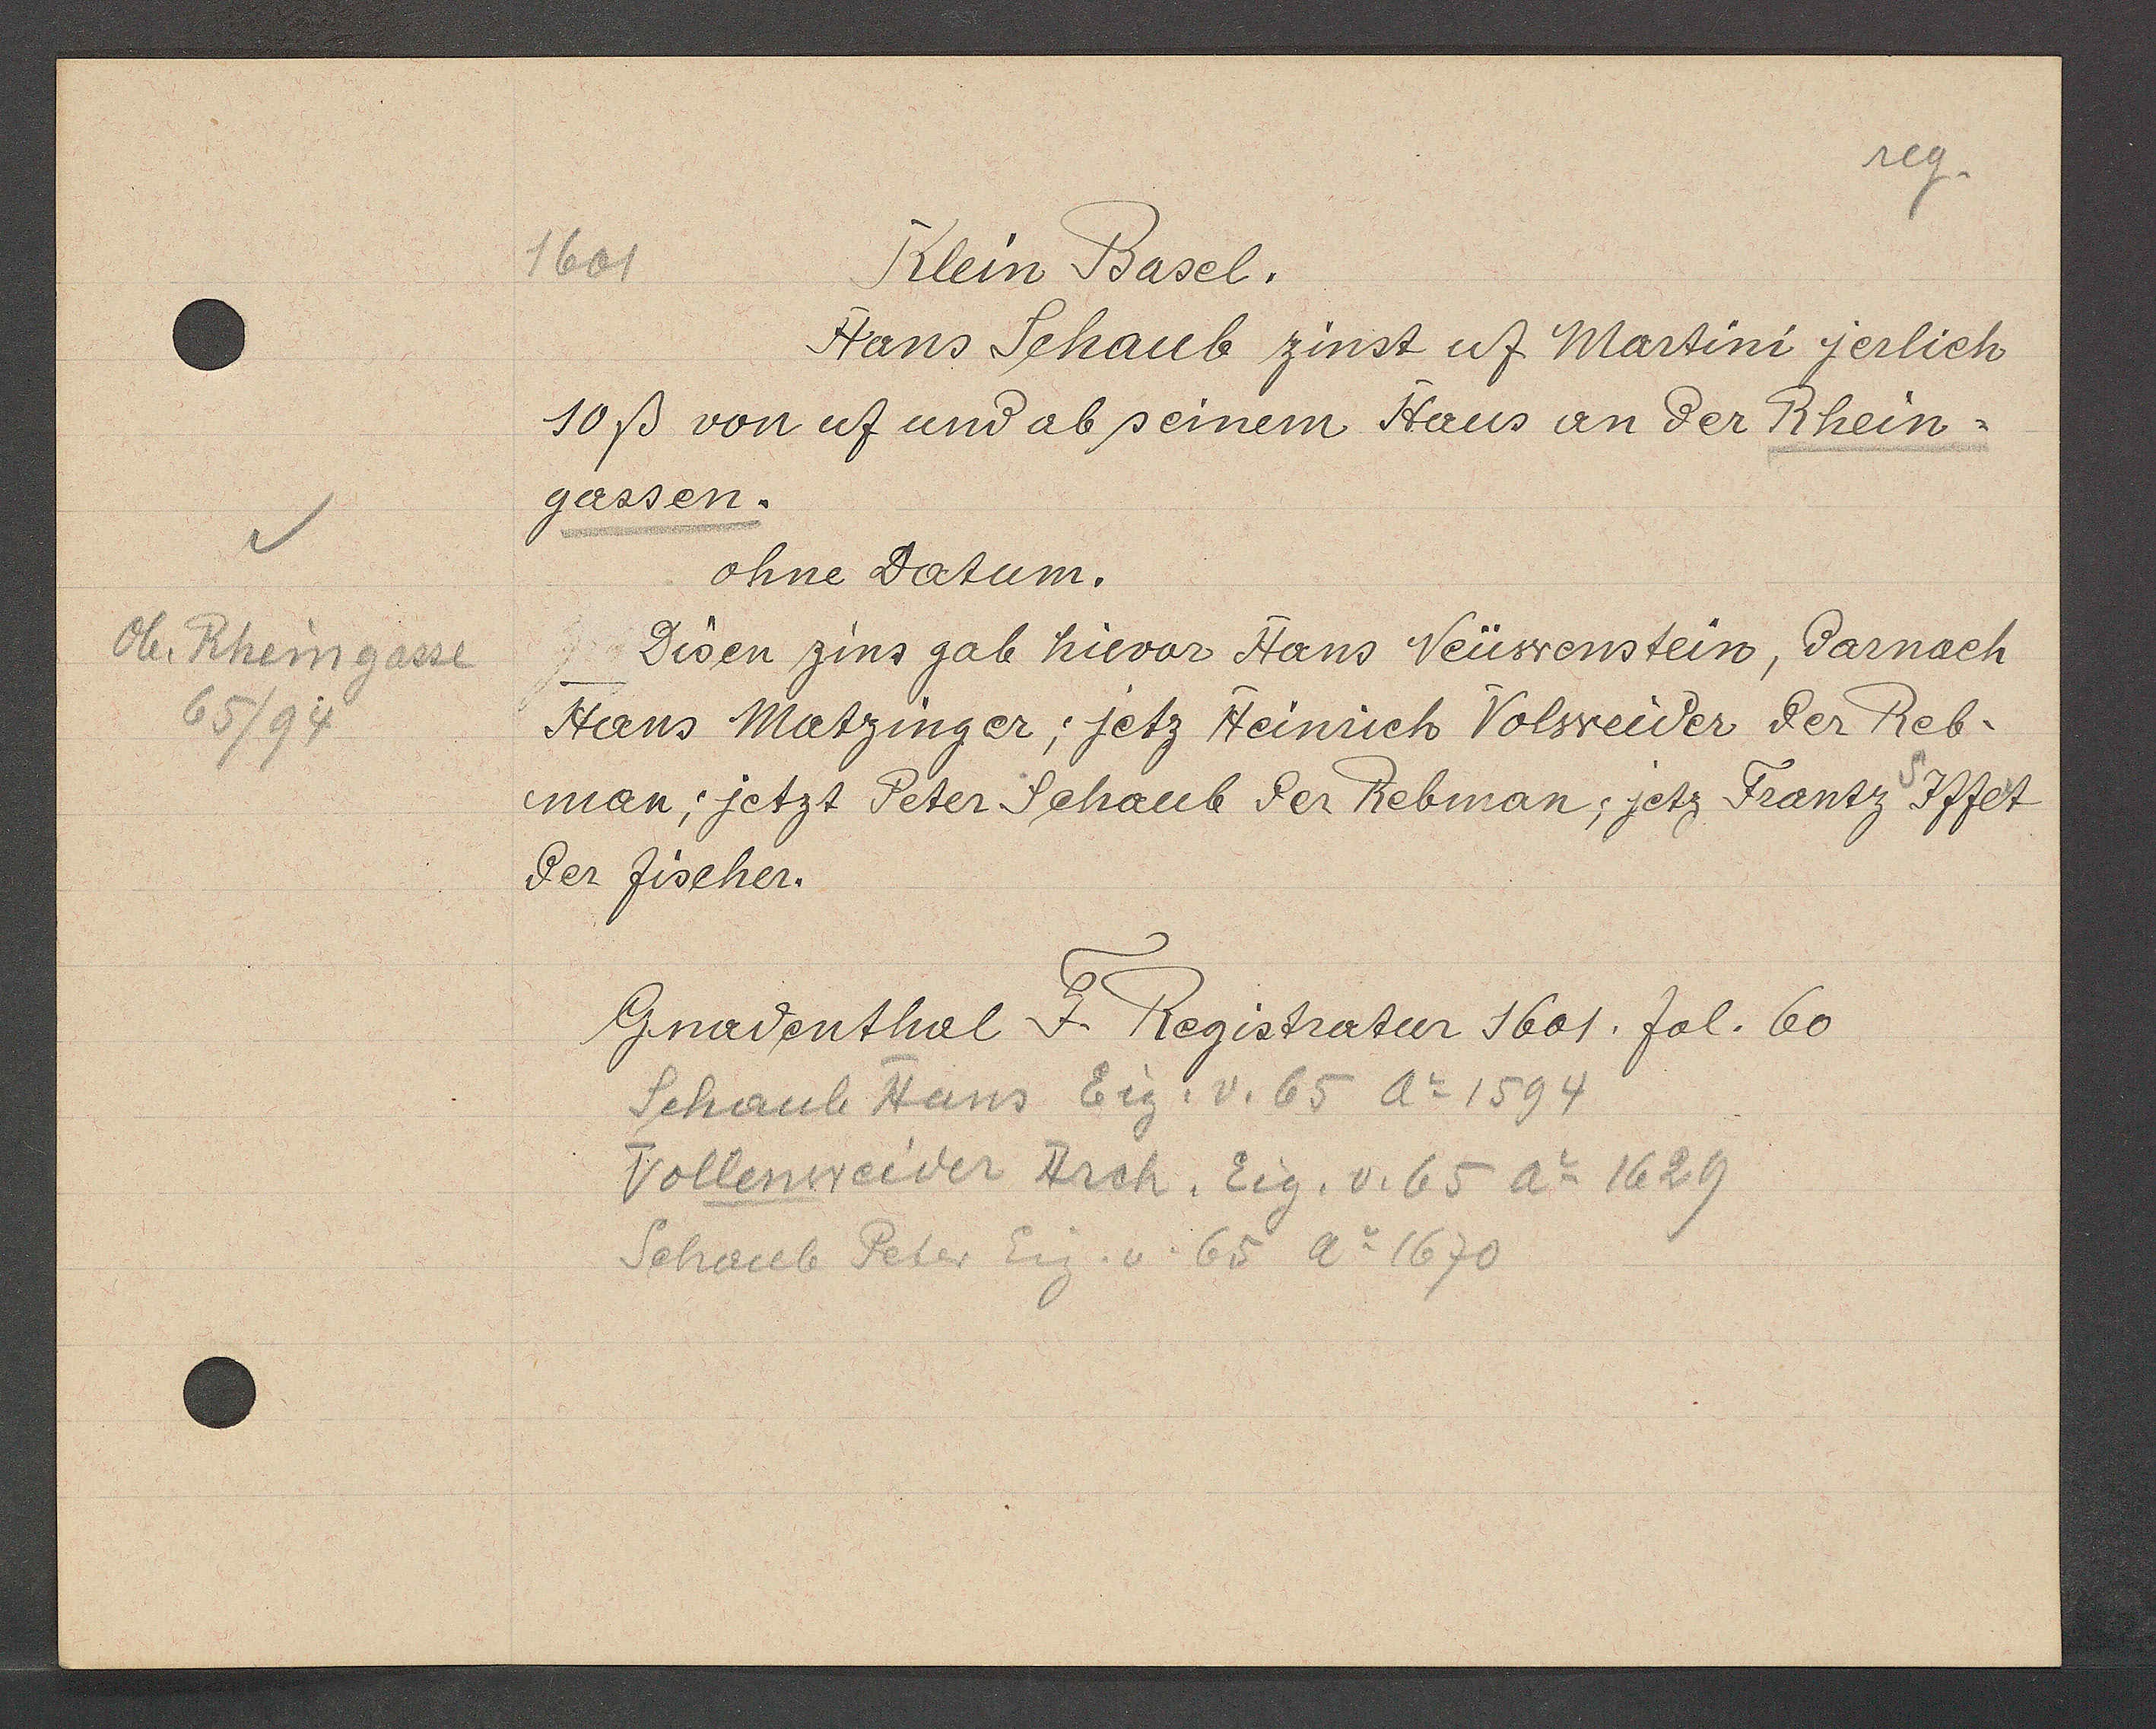
Transcript:
Ob Rheingasse
65/94

1601
Klein Basel.

10ß von uf und ab seinem Haus an der Rhein¬
gassen.
disen zins gab hievor Hans Neüwenstein, darnach
Hans Matzinger; jetz Heinrich Volweider der Reb-
man; jetzt Peter Schaub der Rebman, jetz Frantz Iffet.
der Zischer.
ohne Datum.
Hans Schaub zinst uf Martini jerlich

Gnadenthal F. Registratur 1601. fol. 60

Schaub Hans Eig. v. 65 Ao 1594
Vollenweider Hrch. Eig. v. 65 Ao 1629
Schaub Peter Eig. v. 65 Ao 1670